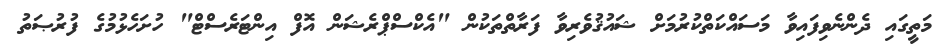
މަތީގައި ދެންނެވިފައިވާ މަސައްކަތްކުރުމަށް ޝައުޤުވެރިވާ ފަރާތްތަކުން "އެކްސްޕްރެޝަން އޮފް އިންޓަރެސްޓް" ހުށަހެޅުމުގެ ފުރުޞަތު